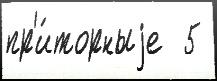
пр'и́торныjе  5